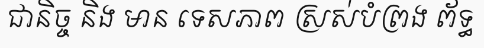
ជានិច្ច និង មាន ទេសភាព ស្រស់បំព្រង ព័ទ្ធ